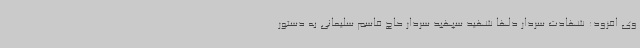
وی افزود: شهادت سردار دلها شهید سپهبد سردار حاج قاسم سلیمانی به دستور